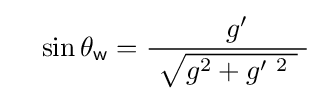
\quad \sin \theta _{\textsf {w}}={\frac {\quad g'~}{\ {\sqrt {g^{2}+g'^{\ 2}~}}\ }}~